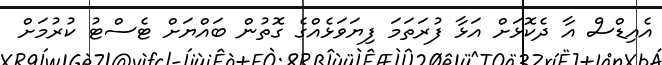
އެއިޑްސް އާ ދެކޮޅަށް އަޅާ ފުރަތަމަ ފިޔަވަޅެއްގެ ގޮތުން ބައްޔަށް ޓެސްޓު ކުރުމަށް